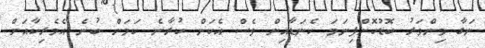
ނަގާ މިންވަރު ބޮޑުކޮށްފިނަމަ ކެނަޑާއިން ވެސް އެކަން ކުރާނެ ކަމަށް ބުނެ އެމެރިކާއަށް